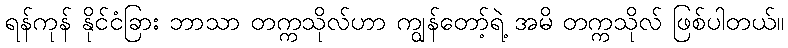
ရန်ကုန် နိုင်ငံခြား ဘာသာ တက္ကသိုလ်ဟာ ကျွန်တော့်ရဲ့ အမိ တက္ကသိုလ် ဖြစ်ပါတယ်။